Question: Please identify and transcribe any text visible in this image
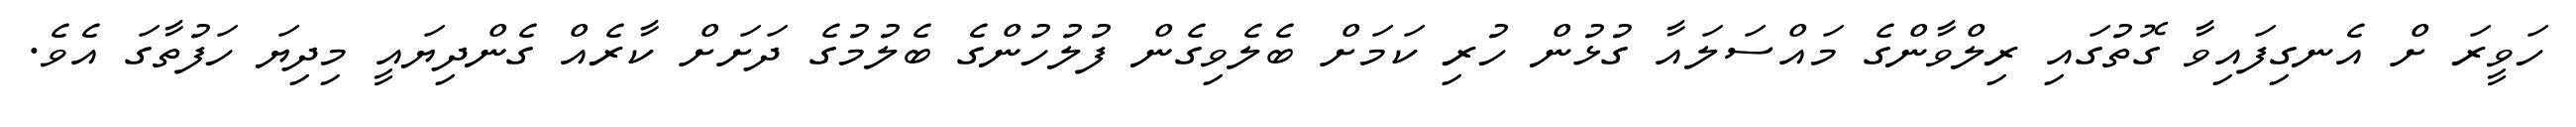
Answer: ހަވީރަ ށް އެނގިފައިވާ ގޮތުގައި ރިލްވާންގެ މައްސަލައާ ގުޅުން ހުރި ކަމަށް ބެލެވިގެން ފުލުހުންގެ ބެލުމުގެ ދަށަށް ކާރެއް ގެންދިޔައީ މިދިޔަ ހަފުތާގަ އެވެ.